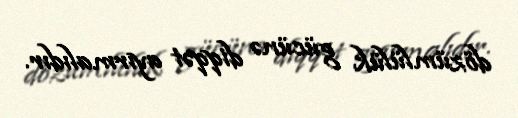
dözümlülük gücünə diqqət ayırmalıdır.